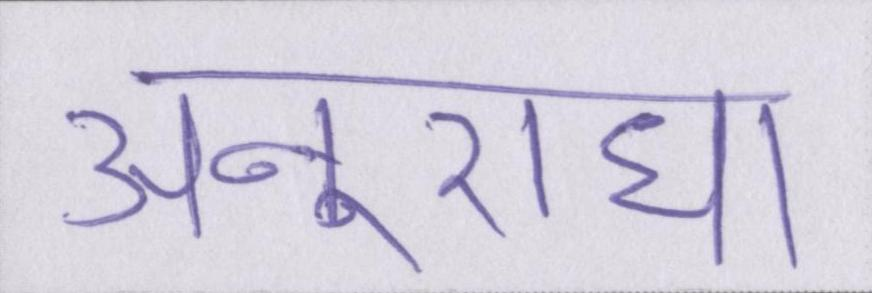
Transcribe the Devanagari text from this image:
अनुराधा